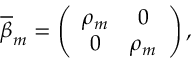
\overline { { { \beta } } } _ { m } = \left( \begin{array} { c c } { { \rho _ { m } } } & { { 0 } } \\ { { 0 } } & { { \rho _ { m } } } \end{array} \right) ,